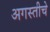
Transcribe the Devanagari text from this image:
अगस्तीचे